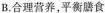
B. 合理营养，平衡膳食